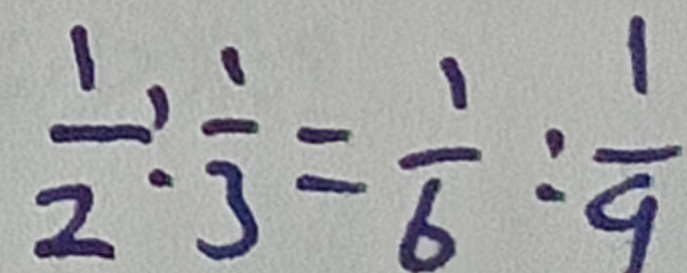
\frac { 1 } { 2 } : \frac { 1 } { 3 } = \frac { 1 } { 6 } : \frac { 1 } { 9 }